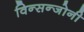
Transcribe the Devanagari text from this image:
विन्सन्जोनी